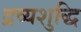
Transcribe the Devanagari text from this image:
द्रव्यशुद्धि